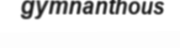
gymnanthous